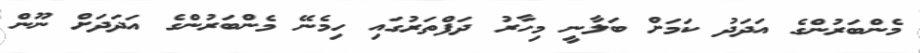
މެންބަރުންގެ އަދަދު ކަމަށް ބަލާނީ މިހާރު ދަފްތަރުގައި ހިމެނޭ މެންބަރުންގެ އަދަދަށް ނޫން